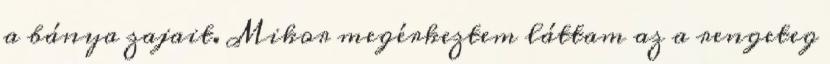
a bánya zajait. Mikor megérkeztem láttam az a rengeteg